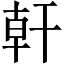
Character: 𪪂